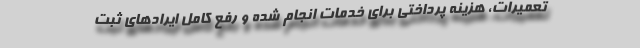
تعمیرات، هزینه پرداختی برای خدمات انجام شده و رفع کامل ایرادهای ثبت